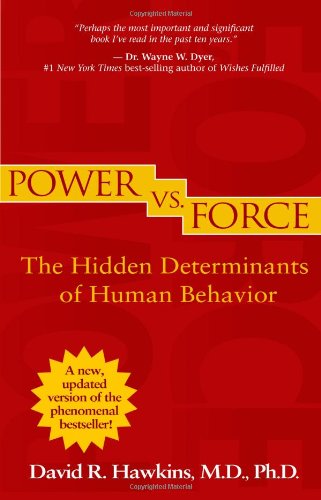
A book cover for Power vs. Force (Revised Edition): The Hidden Determinants of Human Behavior; David R. Hawkins M.D.  Ph.D.; Health, Fitness & Dieting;